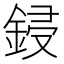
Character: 鋟